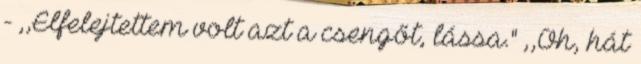
- ,,Elfelejtettem volt azt a csengőt, lássa." ,,Oh, hát